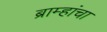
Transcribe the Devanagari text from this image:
ब्राम्हांचा